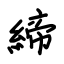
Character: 締